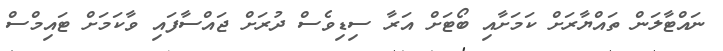
ނައްޓާލަން ތައްޔާރަށް ކަމަށާއި ބޯޓަށް އަރާ ސިޑިވެސް ދުރަށް ޖައްސާފައި ވާކަމަށް ޓައިމްސް